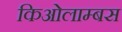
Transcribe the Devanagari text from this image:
किओलाम्बस